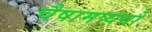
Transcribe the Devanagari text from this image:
चैषामप्ययो